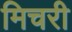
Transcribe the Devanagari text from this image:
मिचरी